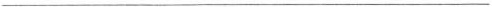
___